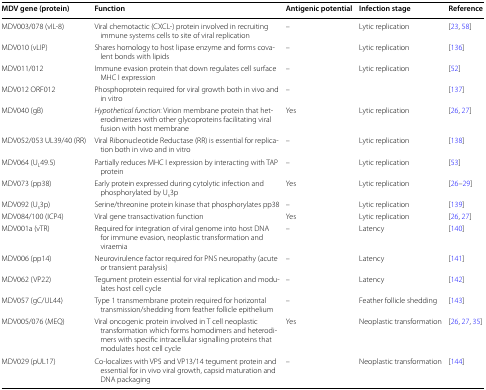
<table><thead><tr><td><b>MDV gene (protein)</b></td><td><b>Function</b></td><td><b>Antigenic potential</b></td><td><b>Infection stage</b></td><td><b>Reference</b></td></tr></thead><tbody><tr><td>MDV003/078 (vIL-8)</td><td>Viral chemotactic (CXCL-) protein involved in recruiting immune systems cells to site of viral replication</td><td>–</td><td>Lytic replication</td><td>[23, 58]</td></tr><tr><td>MDV010 (vLIP)</td><td>Shares homology to host lipase enzyme and forms covalent bonds with lipids</td><td>–</td><td>Lytic replication</td><td>[136]</td></tr><tr><td>MDV011/012</td><td>Immune evasion protein that down regulates cell surface MHC I expression</td><td>–</td><td>Lytic replication</td><td>[52]</td></tr><tr><td>MDV012 ORF012</td><td>Phosphoprotein required for viral growth both in vivo and in vitro</td><td>–</td><td></td><td>[137]</td></tr><tr><td>MDV040 (gB)</td><td><i>Hypothetical function</i>: Virion membrane protein that heterodimerizes with other glycoproteins facilitating viral fusion with host membrane</td><td>Yes</td><td>Lytic replication</td><td>[26, 27]</td></tr><tr><td>MDV052/053 UL39/40 (RR)</td><td>Viral Ribonucleotide Reductase (RR) is essential for replication both in vivo and in vitro</td><td>–</td><td>Lytic replication</td><td>[138]</td></tr><tr><td>MDV064 (U<sub>L</sub>49.5)</td><td>Partially reduces MHC I expression by interacting with TAP protein</td><td>–</td><td>Lytic replication</td><td>[53]</td></tr><tr><td>MDV073 (pp38)</td><td>Early protein expressed during cytolytic infection and phosphorylated by U<sub>s</sub>3p</td><td>Yes</td><td>Lytic replication</td><td>[26–29]</td></tr><tr><td>MDV092 (U<sub>s</sub>3p)</td><td>Serine/threonine protein kinase that phosphorylates pp38</td><td>–</td><td>Lytic replication</td><td>[139]</td></tr><tr><td>MDV084/100 (ICP4)</td><td>Viral gene transactivation function</td><td>Yes</td><td>Lytic replication</td><td>[26, 27]</td></tr><tr><td>MDV001a (vTR)</td><td>Required for integration of viral genome into host DNA for immune evasion, neoplastic transformation and viraemia</td><td>–</td><td>Latency</td><td>[140]</td></tr><tr><td>MDV006 (pp14)</td><td>Neurovirulence factor required for PNS neuropathy (acute or transient paralysis)</td><td>–</td><td>Latency</td><td>[141]</td></tr><tr><td>MDV062 (VP22)</td><td>Tegument protein essential for viral replication and modulates host cell cycle</td><td>–</td><td>Latency</td><td>[142]</td></tr><tr><td>MDV057 (gC/UL44)</td><td>Type 1 transmembrane protein required for horizontal transmission/shedding from feather follicle epithelium</td><td>–</td><td>Feather follicle shedding</td><td>[143]</td></tr><tr><td>MDV005/076 (MEQ)</td><td>Viral oncogenic protein involved in T cell neoplastic transformation which forms homodimers and heterodimers with specific intracellular signalling proteins that modulates host cell cycle</td><td>Yes</td><td>Neoplastic transformation</td><td>[26, 27, 35]</td></tr><tr><td>MDV029 (pUL17)</td><td>Co-localizes with VP5 and VP13/14 tegument protein and essential for in vivo viral growth, capsid maturation and DNA packaging</td><td>–</td><td>Neoplastic transformation</td><td>[144]</td></tr></tbody></table>